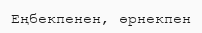
Еңбекпенен, өрнекпен